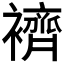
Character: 𧞓